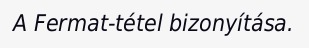
A Fermat-tétel bizonyítása.